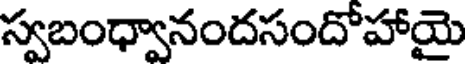
స్వబంధ్వానందసందోహాయై